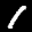
Label: 1